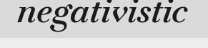
negativistic